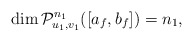
\begin{align*}\dim {\cal P}^{n_1}_{u_1,v_1}([a_f,b_f])=n_1, \end{align*}